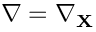
\nabla = \nabla _ { \mathbf { X } }